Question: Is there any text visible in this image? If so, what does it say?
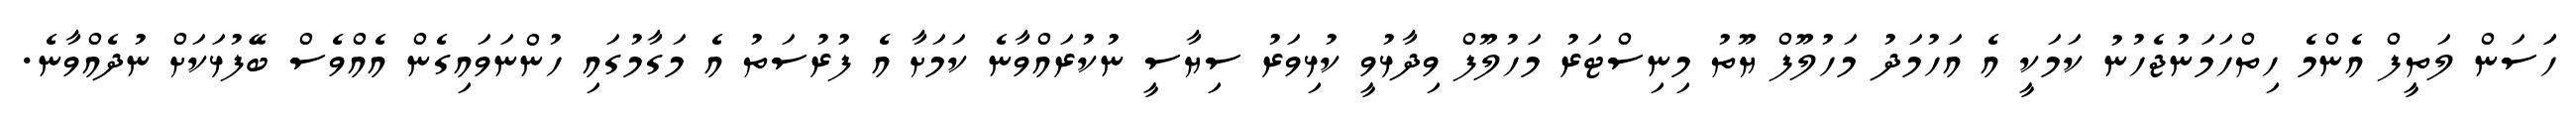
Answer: ހަަސަން ލަތީފް އެންމެ ހިތްހަމަނުޖެހުނު ކަމަކީ އެ އަހުމަދު މަހުލޫފް ޔޫތު މިނިސްޓަރު މަހުލޫފް ވިދާޅުވީ ކުޅިވަރު ސިޔާސީ ނުކުރައްވާނެ ކަމަށާ އެ ފުރުސަތު އެ މަގާމުގައި ހުންނަވައިގެން އެއްވެސް ބޭފުޅަކަށް ނުދެއްވާނެ.